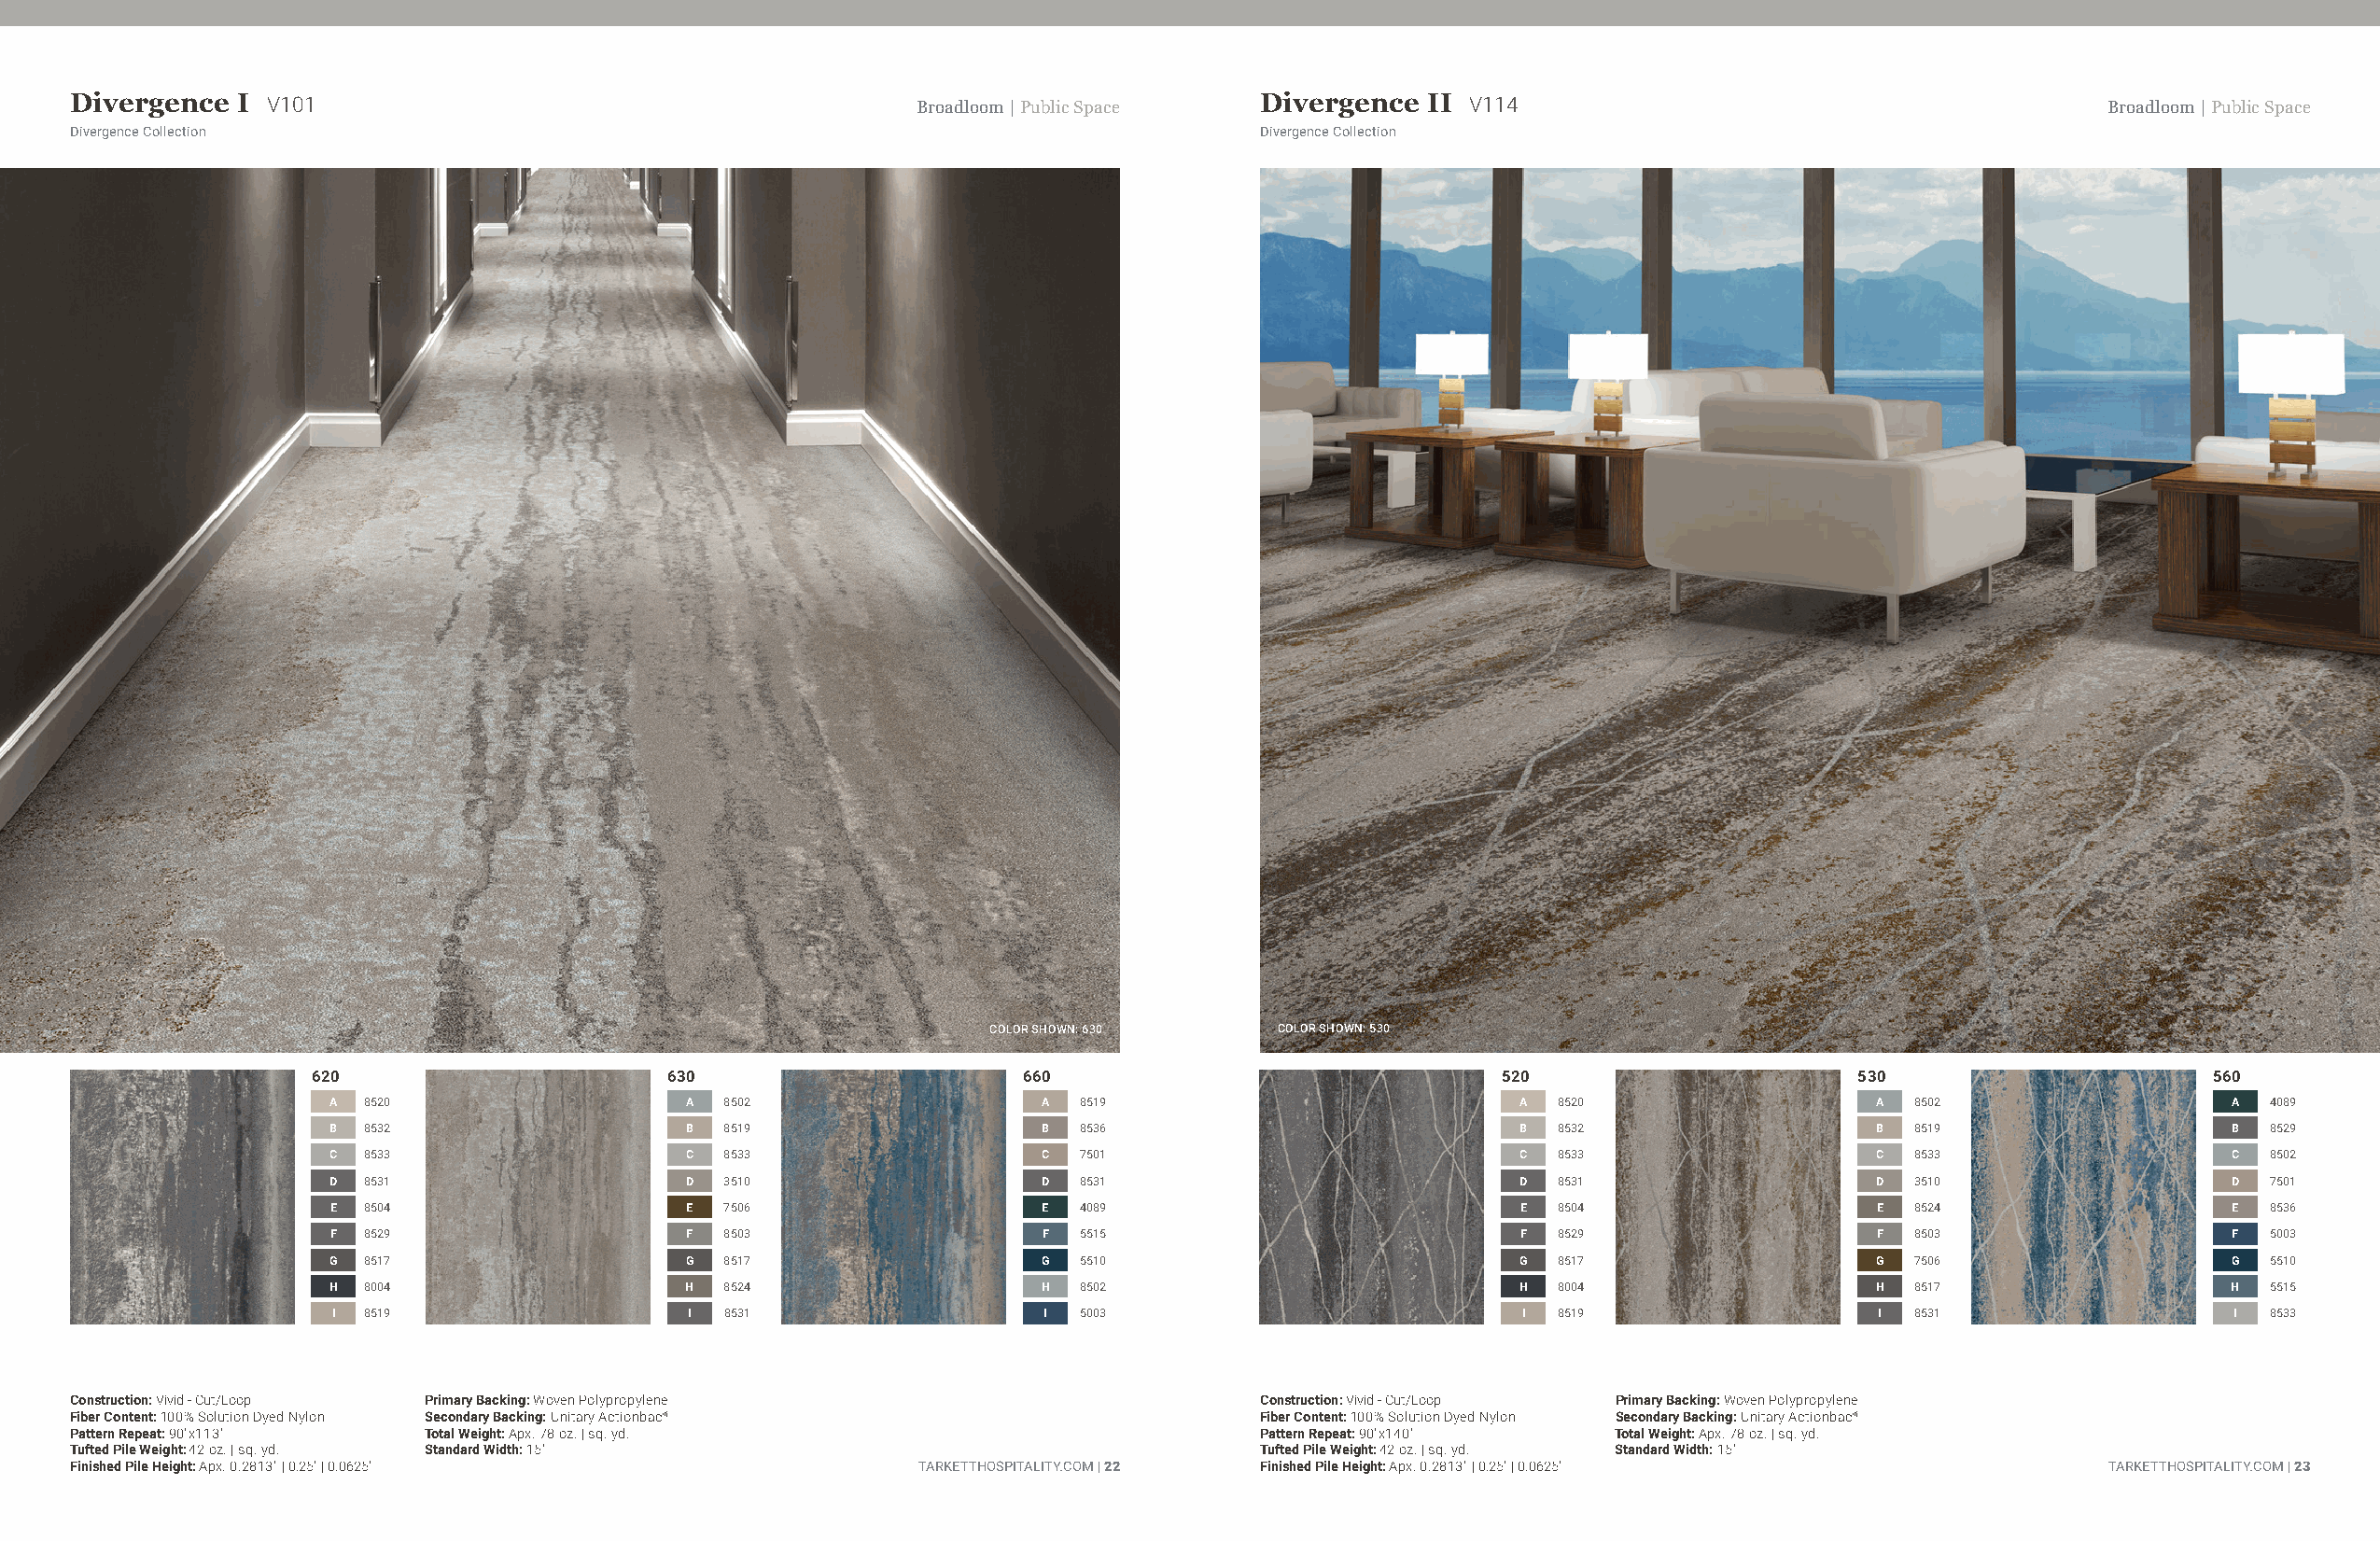
Divergence  I V101                                          Broadloom | Public Space Divergence II V114                                          Broadloom | Public Space
 Divergence Collection                                                               Divergence Collection
 COLOR SHOWN: 630     COLOR SHOWN: 530
 620                      630                       660                               520                      530                      560
 A  8520                   A 8502                   A  8519                           A 8520                   A  8502                  A  4089
 B  8532                   B 8519                   B  8536                           B 8532                   B  8519                  B  8529
 C  8533                   C 8533                   C  7501                           C 8533                   C  8533                  C  8502
 D  8531                   D 3510                   D  8531                           D 8531                   D  3510                  D  7501
 E  8504                   E 7506                   E  4089                           E 8504                   E  8524                  E  8536
 F  8529                   F 8503                   F  5515                           F 8529                   F  8503                  F  5003
 G  8517                   G 8517                   G  5510                           G 8517                   G  7506                  G  5510
 H  8004                   H 8524                   H  8502                           H 8004                   H  8517                  H  5515
 I 8519                   I 8531                   I  5003                           I  8519                  I  8531                  I  8533
 Construction: Vivid - Cut/Loop Primary Backing: Woven Polypropylene                 Construction: Vivid - Cut/Loop Primary Backing: Woven Polypropylene
 Fiber Content: 100% Solution Dyed Nylon Secondary Backing: Unitary Actionbac®       Fiber Content: 100% Solution Dyed Nylon Secondary Backing: Unitary Actionbac®
 Pattern Repeat: 90"x113" Total Weight: Apx. 78 oz. | sq. yd.                        Pattern Repeat: 90"x140"  Total Weight: Apx. 78 oz. | sq. yd.
 Tufted Pile Weight: 42 oz. | sq. yd. Standard Width: 15'                            Tufted Pile Weight: 42 oz. | sq. yd. Standard Width: 15'
 Finished Pile Height: Apx. 0.2813" | 0.25" | 0.0625"        TARKETTHOSPITALITY.COM | 22 Finished Pile Height: Apx. 0.2813" | 0.25" | 0.0625"     TARKETTHOSPITALITY.COM | 23